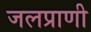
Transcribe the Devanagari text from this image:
जलप्राणी